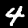
Label: 4